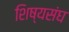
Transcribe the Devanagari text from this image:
शिष्यसंघ